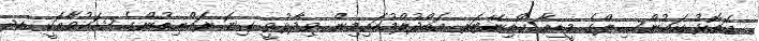
އަތޮޅު ކައުންސިލްގެ މީޑިއާ ކޯޑިނޭޓަރ އަބްދުލްމުހައިމިން ވިދާޅުވީ ގިނަ ރައްޔިތުންގެ ޝަކުވާއަކީ ހދ